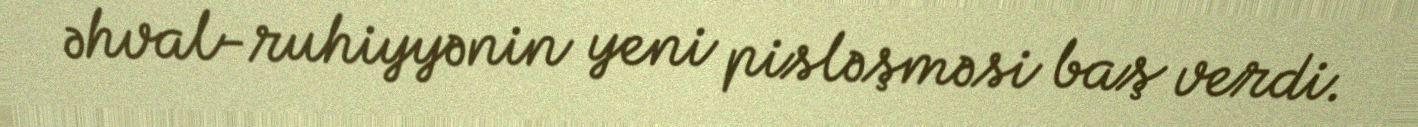
əhval-ruhiyyənin yeni pisləşməsi baş verdi.